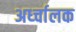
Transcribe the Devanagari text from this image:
अर्ध्चालक